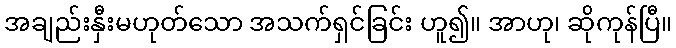
အချည်းနှီးမဟုတ်သော အသက်ရှင်ခြင်း ဟူ၍။ အာဟု၊ ဆိုကုန်ပြီ။